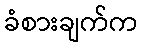
ခံစားချက်က